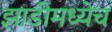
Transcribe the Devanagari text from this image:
झाडीमध्येच